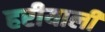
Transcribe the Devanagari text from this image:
हरीयाली